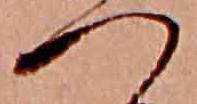
つ